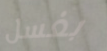
بغسل